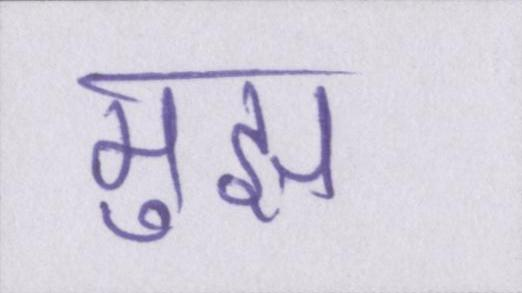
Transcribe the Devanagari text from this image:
मुझ